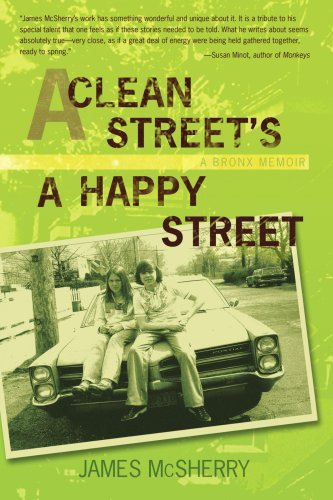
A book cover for A Clean Street's A Happy Street: A Bronx Memoir; James McSherry; Teen & Young Adult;